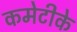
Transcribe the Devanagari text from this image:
कमेटीके